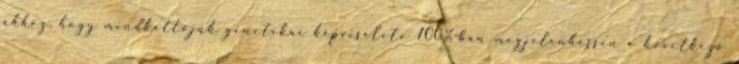
ahhoz, hogy mindkettőjük genetikai képviselete 100%-ban megjelenhessen a következő